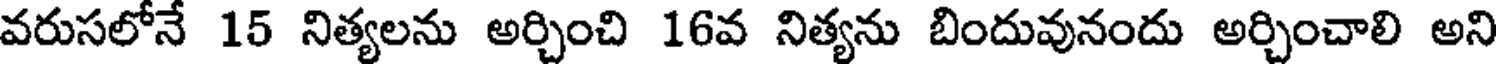
వరుసలోనే 15 నిత్యలను అర్చించి 16వ నిత్యను బిందువునందు అర్చించాలి అని